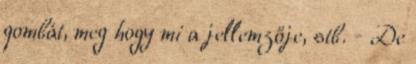
gombát, meg hogy mi a jellemzője, stb. - De